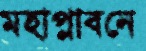
মহাপ্লাবনে